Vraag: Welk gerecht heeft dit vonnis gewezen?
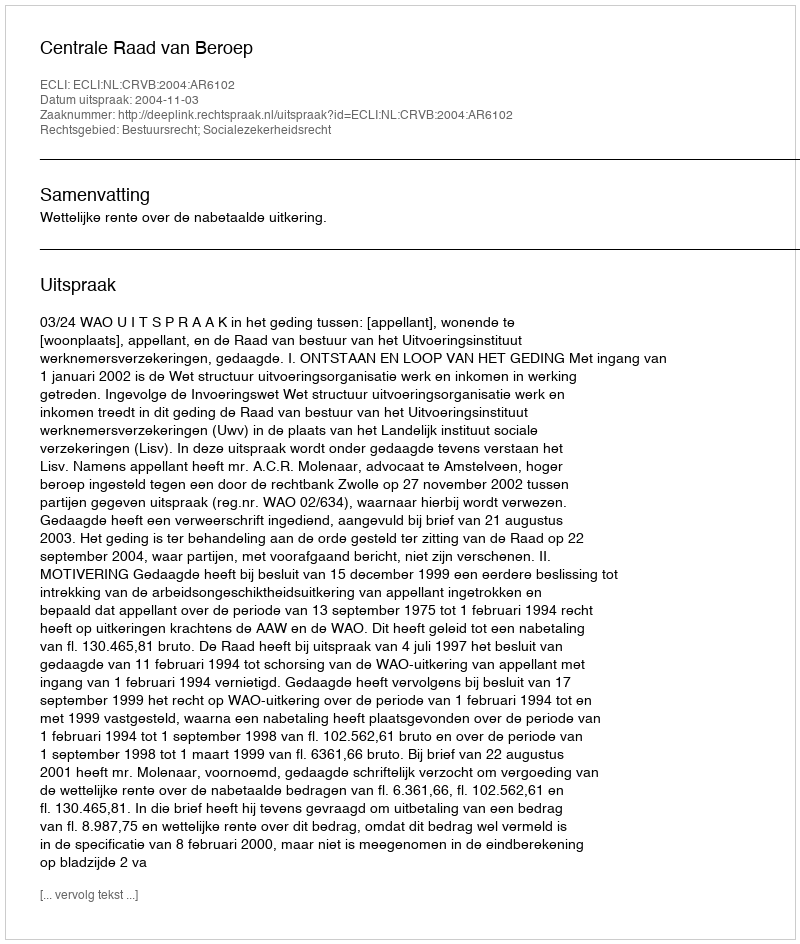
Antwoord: Centrale Raad van Beroep